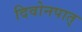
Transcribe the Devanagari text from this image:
दिवोनपात्